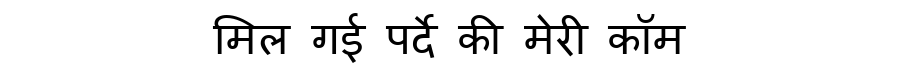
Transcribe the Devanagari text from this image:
मिल गई पर्दे की मेरी कॉम